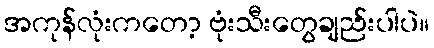
အကုန်လုံးကတော့ ဗုံးသီးတွေချည်းပါပဲ။